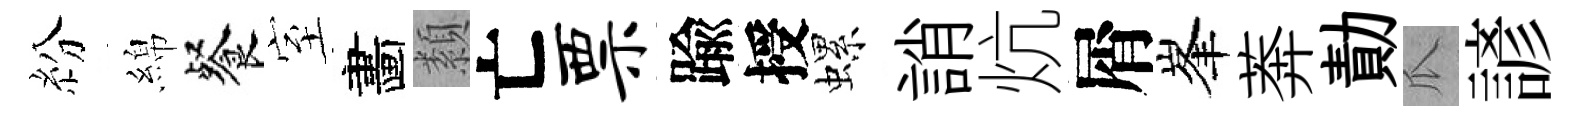
紛綿餐室畵纇亡票踰授螺誚炕屑峯莾勣瓜諺